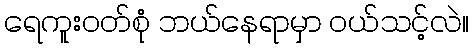
ရေကူးဝတ်စုံ ဘယ်နေရာမှာ ဝယ်သင့်လဲ။